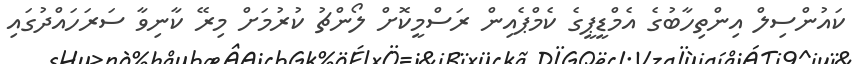
ކައުންސިލް އިންތިހާބުގެ އެމްޑީޕީގެ ކެމްޕެއިން ރަސްމީކޮށް ލޯންޗު ކުރުމަށް މިރޭ ކާނިވާ ސަރަހައްދުގައި